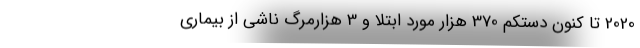
2020 تا کنون دستکم 370 هزار مورد ابتلا و 3 هزارمرگ ناشی از بیماری